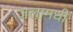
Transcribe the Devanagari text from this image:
जलामधीं